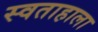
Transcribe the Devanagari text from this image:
स्वताहाला